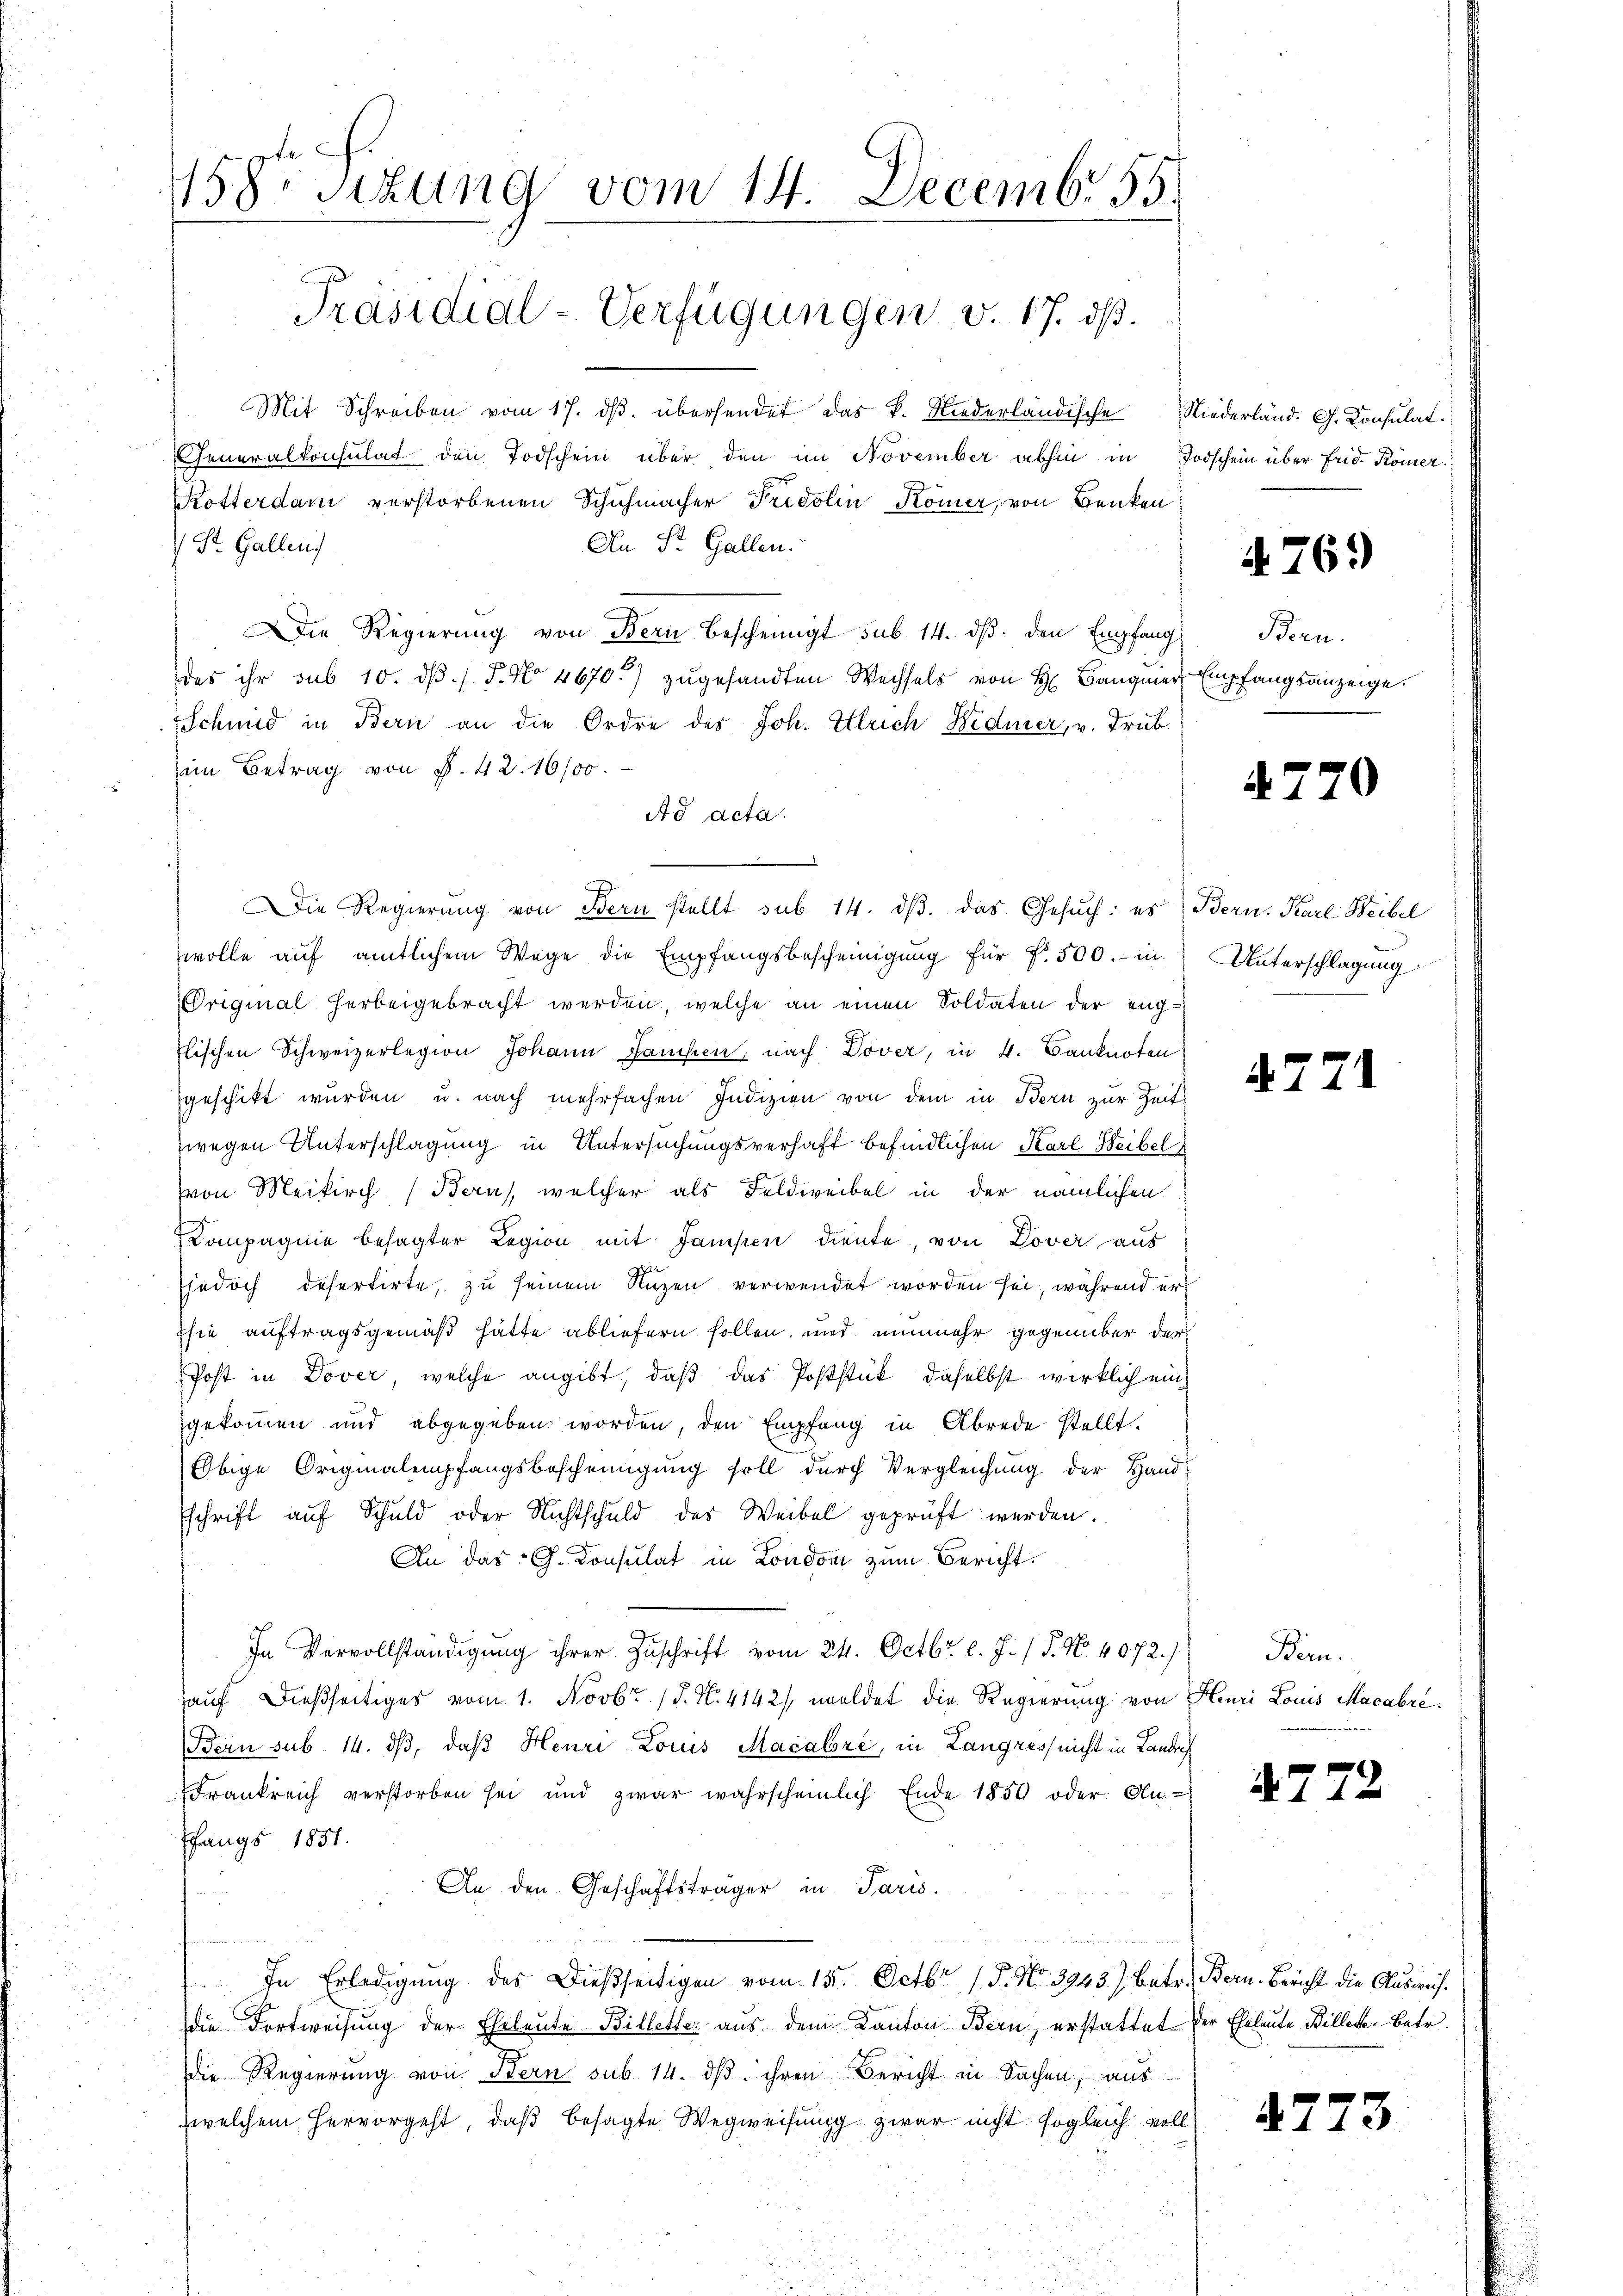
158. Sitzung vom 14. Decembr 55.
Präsidial-Verfügungen v. 17. ds.

Mit Schreiben vom 17. dβ. übersendet das k. Niederländische Niederland. G. Konsulat
Generalkonsulat den Todschein über den im November abhin in Todschein über Frid. Römer
Kötterdar verstorbenen Schuhmacher Fridolin-Kömer, von Benken
An St. Gallen.
 St. Gallen
Die Regierung von Bern bescheinigt sub. 14. ds. den Empfang
das ihr sub 10. dβ. /. J. No 4670) zugesandten Wechsels von H. Banquier Empfangsanzeige.
Eschend in Bern an die Ordre des Joh. Ulrich Bidmer, v. Trub
ein Betrag von P. 42. 16100.
Ad acta.
Die Regierung von Bern stellt sub. 14. dβ. das Gesŭch: es Bern. Karl Weibel
wolle auf amtlichem Wege die Empfangsbescheinigŭng für f. 500.- in Unterschlagung
Original herbeigebracht werden, welche an einen Soldaten der eng¬
Elischen Schweizerlegion Johann Jansen, nach Dover, in 4. Banknoten
geschikt wurden u. nach mehrfachen Indizien von dem in Bern zur Zeit
zwegen Unterschlagung in Untersuchungsverhaft befindlichen Karl Weibel
von Meikirch (Bern, welcher als Feldweibel in der nämlichen
Compagnie besagter Legion mit Jansen diente, von Dover aus
jedoch defertirte, zu seinem Nuzen verwendet worden sei, während er
sie auftragsgemäß hätte abliefern sollen, und nunmehr gegenüber der
Post in Dover, welche angibt, daß das Poststück, daselbst wirklich eingekommen und abgegeben worden, den Empfang in Abrede stellt.
Ebige Originalempfangsbescheinigung soll durch Vergleichung der Hand
Eschrift auf Schuld oder Nichtschuld der Weibel geprüft werden.
An das G. Konsulat in Londoni zum Bericht.
In Vervollständigung ihrer Zuschrift vom 24. Octbr. l. J. / 5. No. 4072.)
auf dießseitiges vom 1. Novbr. /. N. 4142/, meldet die Regierung von Henri Louis Macabré
Bein sub 14. dβ, daß Henri Louis Macalore, in Langres nicht in Landrech
Frankreich verstorben sei und zwar wahrscheinlich. Ende 1850 oder An-
pfangs 1851.
An den Geschäftsträger in Paris.
In Erledigung des Dießseitigen vom 15. Octbr. 15. No. 3943) Betr. Bern. Bericht die Ausweisdie Fortweisung der Ehrleute Billetter aus dem Kanton Bern, erstattet der Eheleute Billeter Betr.
die Regierung von Bern sub 14. dß ihren Bericht in Sachen, aus
zwelchem hervorgeht, daß besagte Wegweisung zwar nicht sogleich voll

476.

Bern.

.

47.

Bern.

2.

3